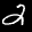
Label: 2